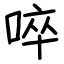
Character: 啐